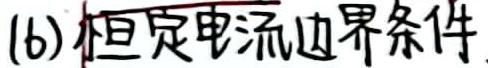
(b) 恒定电流边界条件